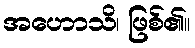
အဟောသိ၊ ဖြစ်၏။